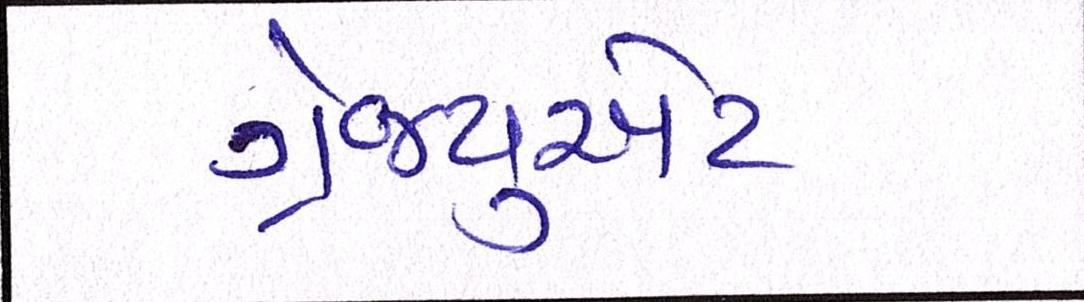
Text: ગ્રેજ્યુએટ